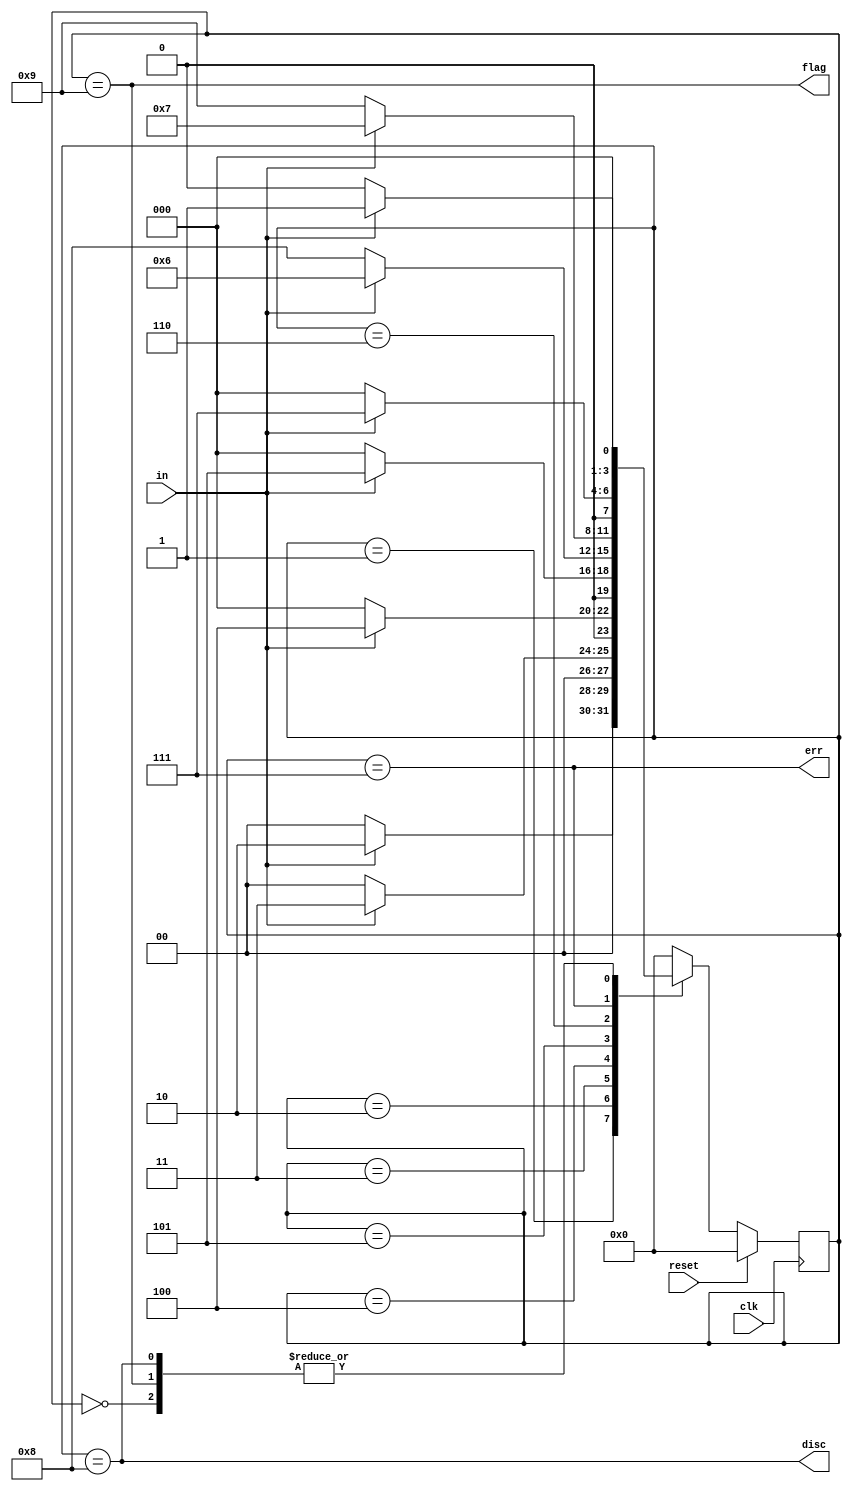
module top_module(
    input clk,
    input reset,    // Synchronous reset
    input in,
    output disc,
    output flag,
    output err);

    //Designing of HDLC (High-Level Data Link Control)    
    parameter IDLE = 4'd0, BIT1_1  = 4'd1, BIT2_1  = 4'd2, BIT3_1 = 4'd3, BIT4_1 = 4'd4, BIT5_1 = 4'd5, BIT6_1  = 4'd6, ERR  = 4'd7, DISC = 4'd8, FLAG = 4'd9;
    reg [3:0] state, next_state;
    
    always @(posedge clk)begin
        if(reset)
            state <= IDLE;
        else
            state <= next_state;
    end
    
    always @(*)begin
       next_state = IDLE;
        case(state)
            IDLE: next_state = in ? BIT1_1 : IDLE;
            BIT1_1:  next_state = in ? BIT2_1 : IDLE;
            BIT2_1:  next_state = in ? BIT3_1 : IDLE;
            BIT3_1: next_state = in ? BIT4_1 : IDLE;
            BIT4_1: next_state = in ? BIT5_1 : IDLE;
            BIT5_1: next_state = in ? BIT6_1 : DISC;
            BIT6_1:  next_state = in ? ERR : FLAG;
            ERR:  next_state = in ? ERR : IDLE;
            DISC: next_state = in ? BIT1_1 : IDLE;
            FLAG: next_state = in ? BIT1_1 : IDLE;
            default: next_state = IDLE;
        endcase
    end
    
    assign disc = (state == DISC);
    assign flag = (state == FLAG);
    assign err  = (state == ERR);
    
endmodule